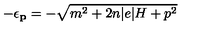
- \epsilon _ { { \bf { p } } } = - \sqrt { m ^ { 2 } + 2 n | e | H + p ^ { 2 } }